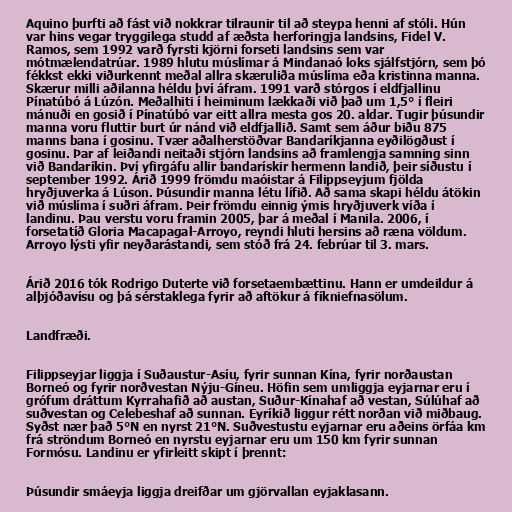
Aquino þurfti að fást við nokkrar tilraunir til að steypa henni af stóli. Hún
var hins vegar tryggilega studd af æðsta herforingja landsins, Fidel V.
Ramos, sem 1992 varð fyrsti kjörni forseti landsins sem var
mótmælendatrúar. 1989 hlutu múslímar á Mindanaó loks sjálfstjórn, sem þó
fékkst ekki viðurkennt meðal allra skæruliða múslíma eða kristinna manna.
Skærur milli aðilanna héldu því áfram. 1991 varð stórgos í eldfjallinu
Pínatúbó á Lúzón. Meðalhiti í heiminum lækkaði við það um 1,5° í fleiri
mánuði en gosið í Pínatúbó var eitt allra mesta gos 20. aldar. Tugir þúsundir
manna voru fluttir burt úr nánd við eldfjallið. Samt sem áður biðu 875
manns bana í gosinu. Tvær aðalherstöðvar Bandaríkjanna eyðilögðust í
gosinu. Þar af leiðandi neitaði stjórn landsins að framlengja samning sinn
við Bandaríkin. Því yfirgáfu allir bandarískir hermenn landið, þeir síðustu í
september 1992. Árið 1999 frömdu maóistar á Filippseyjum fjölda
hryðjuverka á Lúson. Þúsundir manna létu lífið. Að sama skapi héldu átökin
við múslíma í suðri áfram. Þeir frömdu einnig ýmis hryðjuverk víða í
landinu. Þau verstu voru framin 2005, þar á meðal í Manila. 2006, í
forsetatíð Gloria Macapagal-Arroyo, reyndi hluti hersins að ræna völdum.
Arroyo lýsti yfir neyðarástandi, sem stóð frá 24. febrúar til 3. mars.

Árið 2016 tók Rodrigo Duterte við forsetaembættinu. Hann er umdeildur á
alþjóðavísu og þá sérstaklega fyrir að aftökur á fíkniefnasölum.

Landfræði.

Filippseyjar liggja í Suðaustur-Asíu, fyrir sunnan Kína, fyrir norðaustan
Borneó og fyrir norðvestan Nýju-Gíneu. Höfin sem umliggja eyjarnar eru í
grófum dráttum Kyrrahafið að austan, Suður-Kínahaf að vestan, Súlúhaf að
suðvestan og Celebeshaf að sunnan. Eyríkið liggur rétt norðan við miðbaug.
Syðst nær það 5°N en nyrst 21°N. Suðvestustu eyjarnar eru aðeins örfáa km
frá ströndum Borneó en nyrstu eyjarnar eru um 150 km fyrir sunnan
Formósu. Landinu er yfirleitt skipt í þrennt:

Þúsundir smáeyja liggja dreifðar um gjörvallan eyjaklasann.